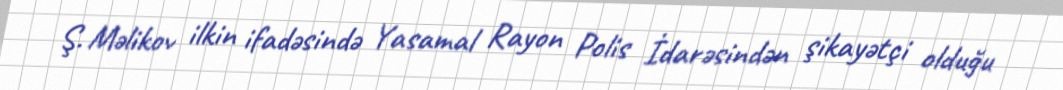
Ş. Məlikov ilkin ifadəsində Yasamal Rayon Polis İdarəsindən şikayətçi olduğu